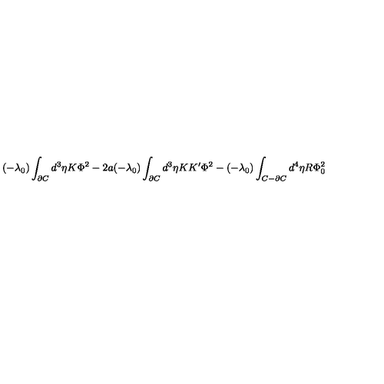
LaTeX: ( - \lambda _ { 0 } ) \int _ { \partial C } d ^ { 3 } \eta K \Phi ^ { 2 } - 2 a ( - \lambda _ { 0 } ) \int _ { \partial C } d ^ { 3 } \eta K K ^ { \prime } \Phi ^ { 2 } - ( - \lambda _ { 0 } ) \int _ { C - \partial C } d ^ { 4 } \eta R \Phi _ { 0 } ^ { 2 }